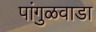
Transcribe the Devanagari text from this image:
पांगुळवाडा